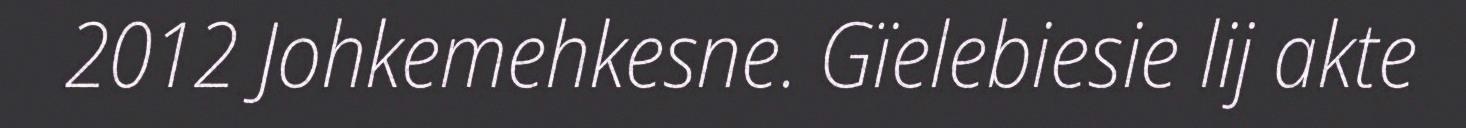
2012 Johkemehkesne. Gïelebiesie lij akte